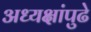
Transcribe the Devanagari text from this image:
अध्यक्षांपुढे